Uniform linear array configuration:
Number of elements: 12
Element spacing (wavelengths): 1
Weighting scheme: cosine
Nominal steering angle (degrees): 15
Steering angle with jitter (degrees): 14.277
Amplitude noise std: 0.05
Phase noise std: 0.05

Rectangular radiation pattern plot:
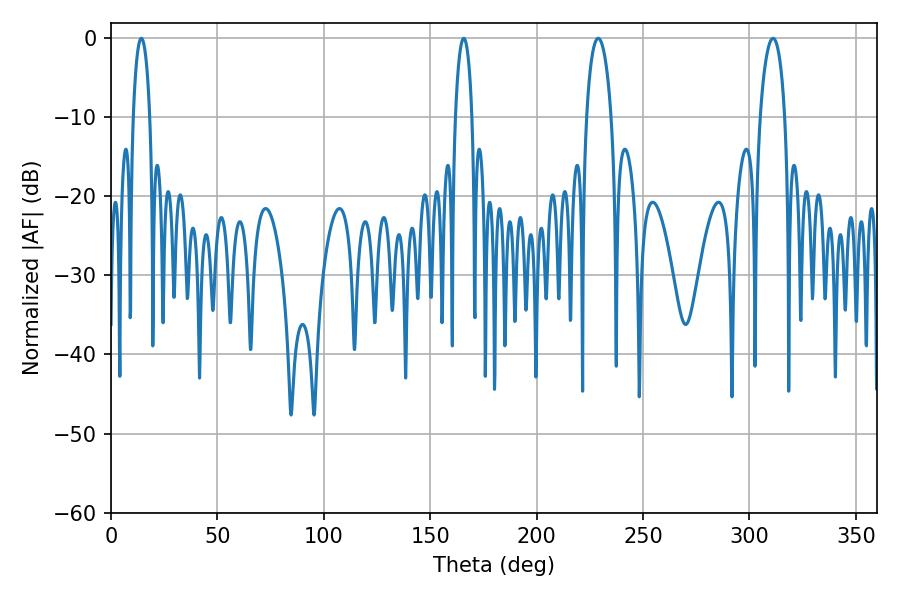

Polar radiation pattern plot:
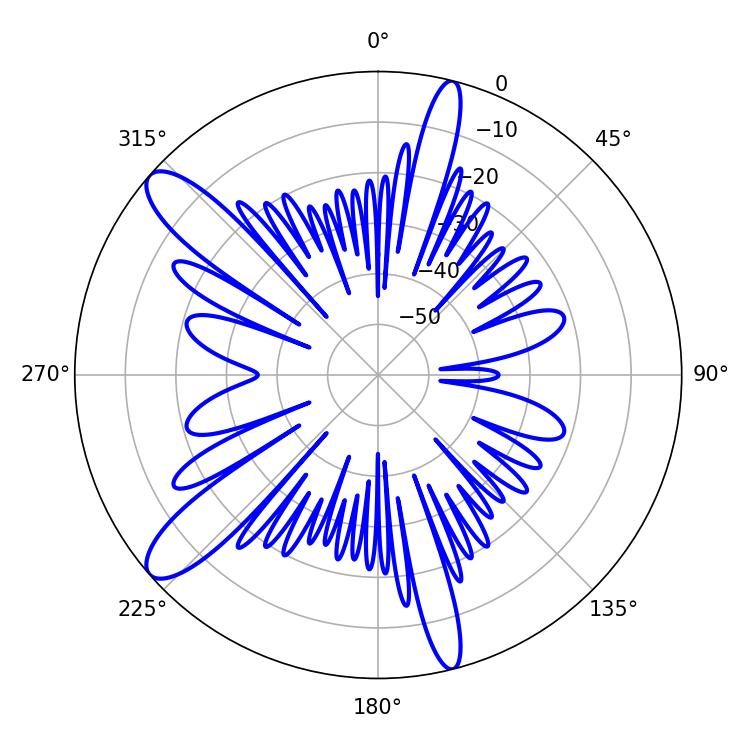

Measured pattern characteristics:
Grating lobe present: TRUE
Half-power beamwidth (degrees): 6.66
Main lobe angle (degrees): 311.04